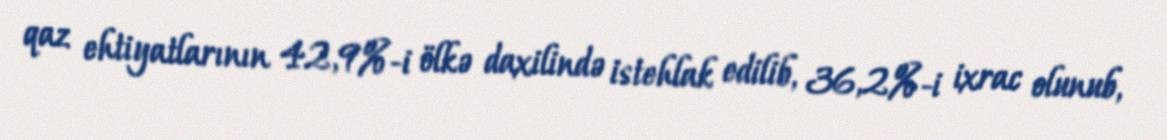
qaz ehtiyatlarının 42,9%-i ölkə daxilində istehlak edilib, 36,2%-i ixrac olunub,